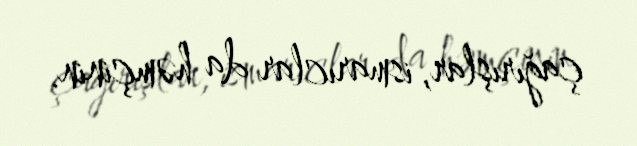
çağırışlar, ismarıclar da həmçinin.